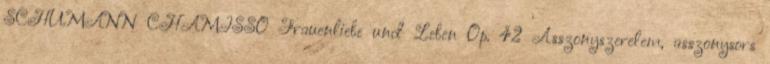
SCHUMANN CHAMISSO Frauenliebe und Leben Op. 42 Asszonyszerelem, asszonysors